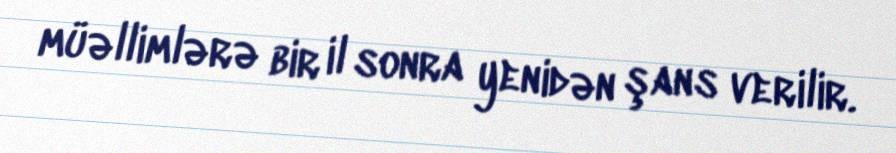
müəllimlərə bir il sonra yenidən şans verilir.